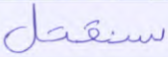
سنقتل